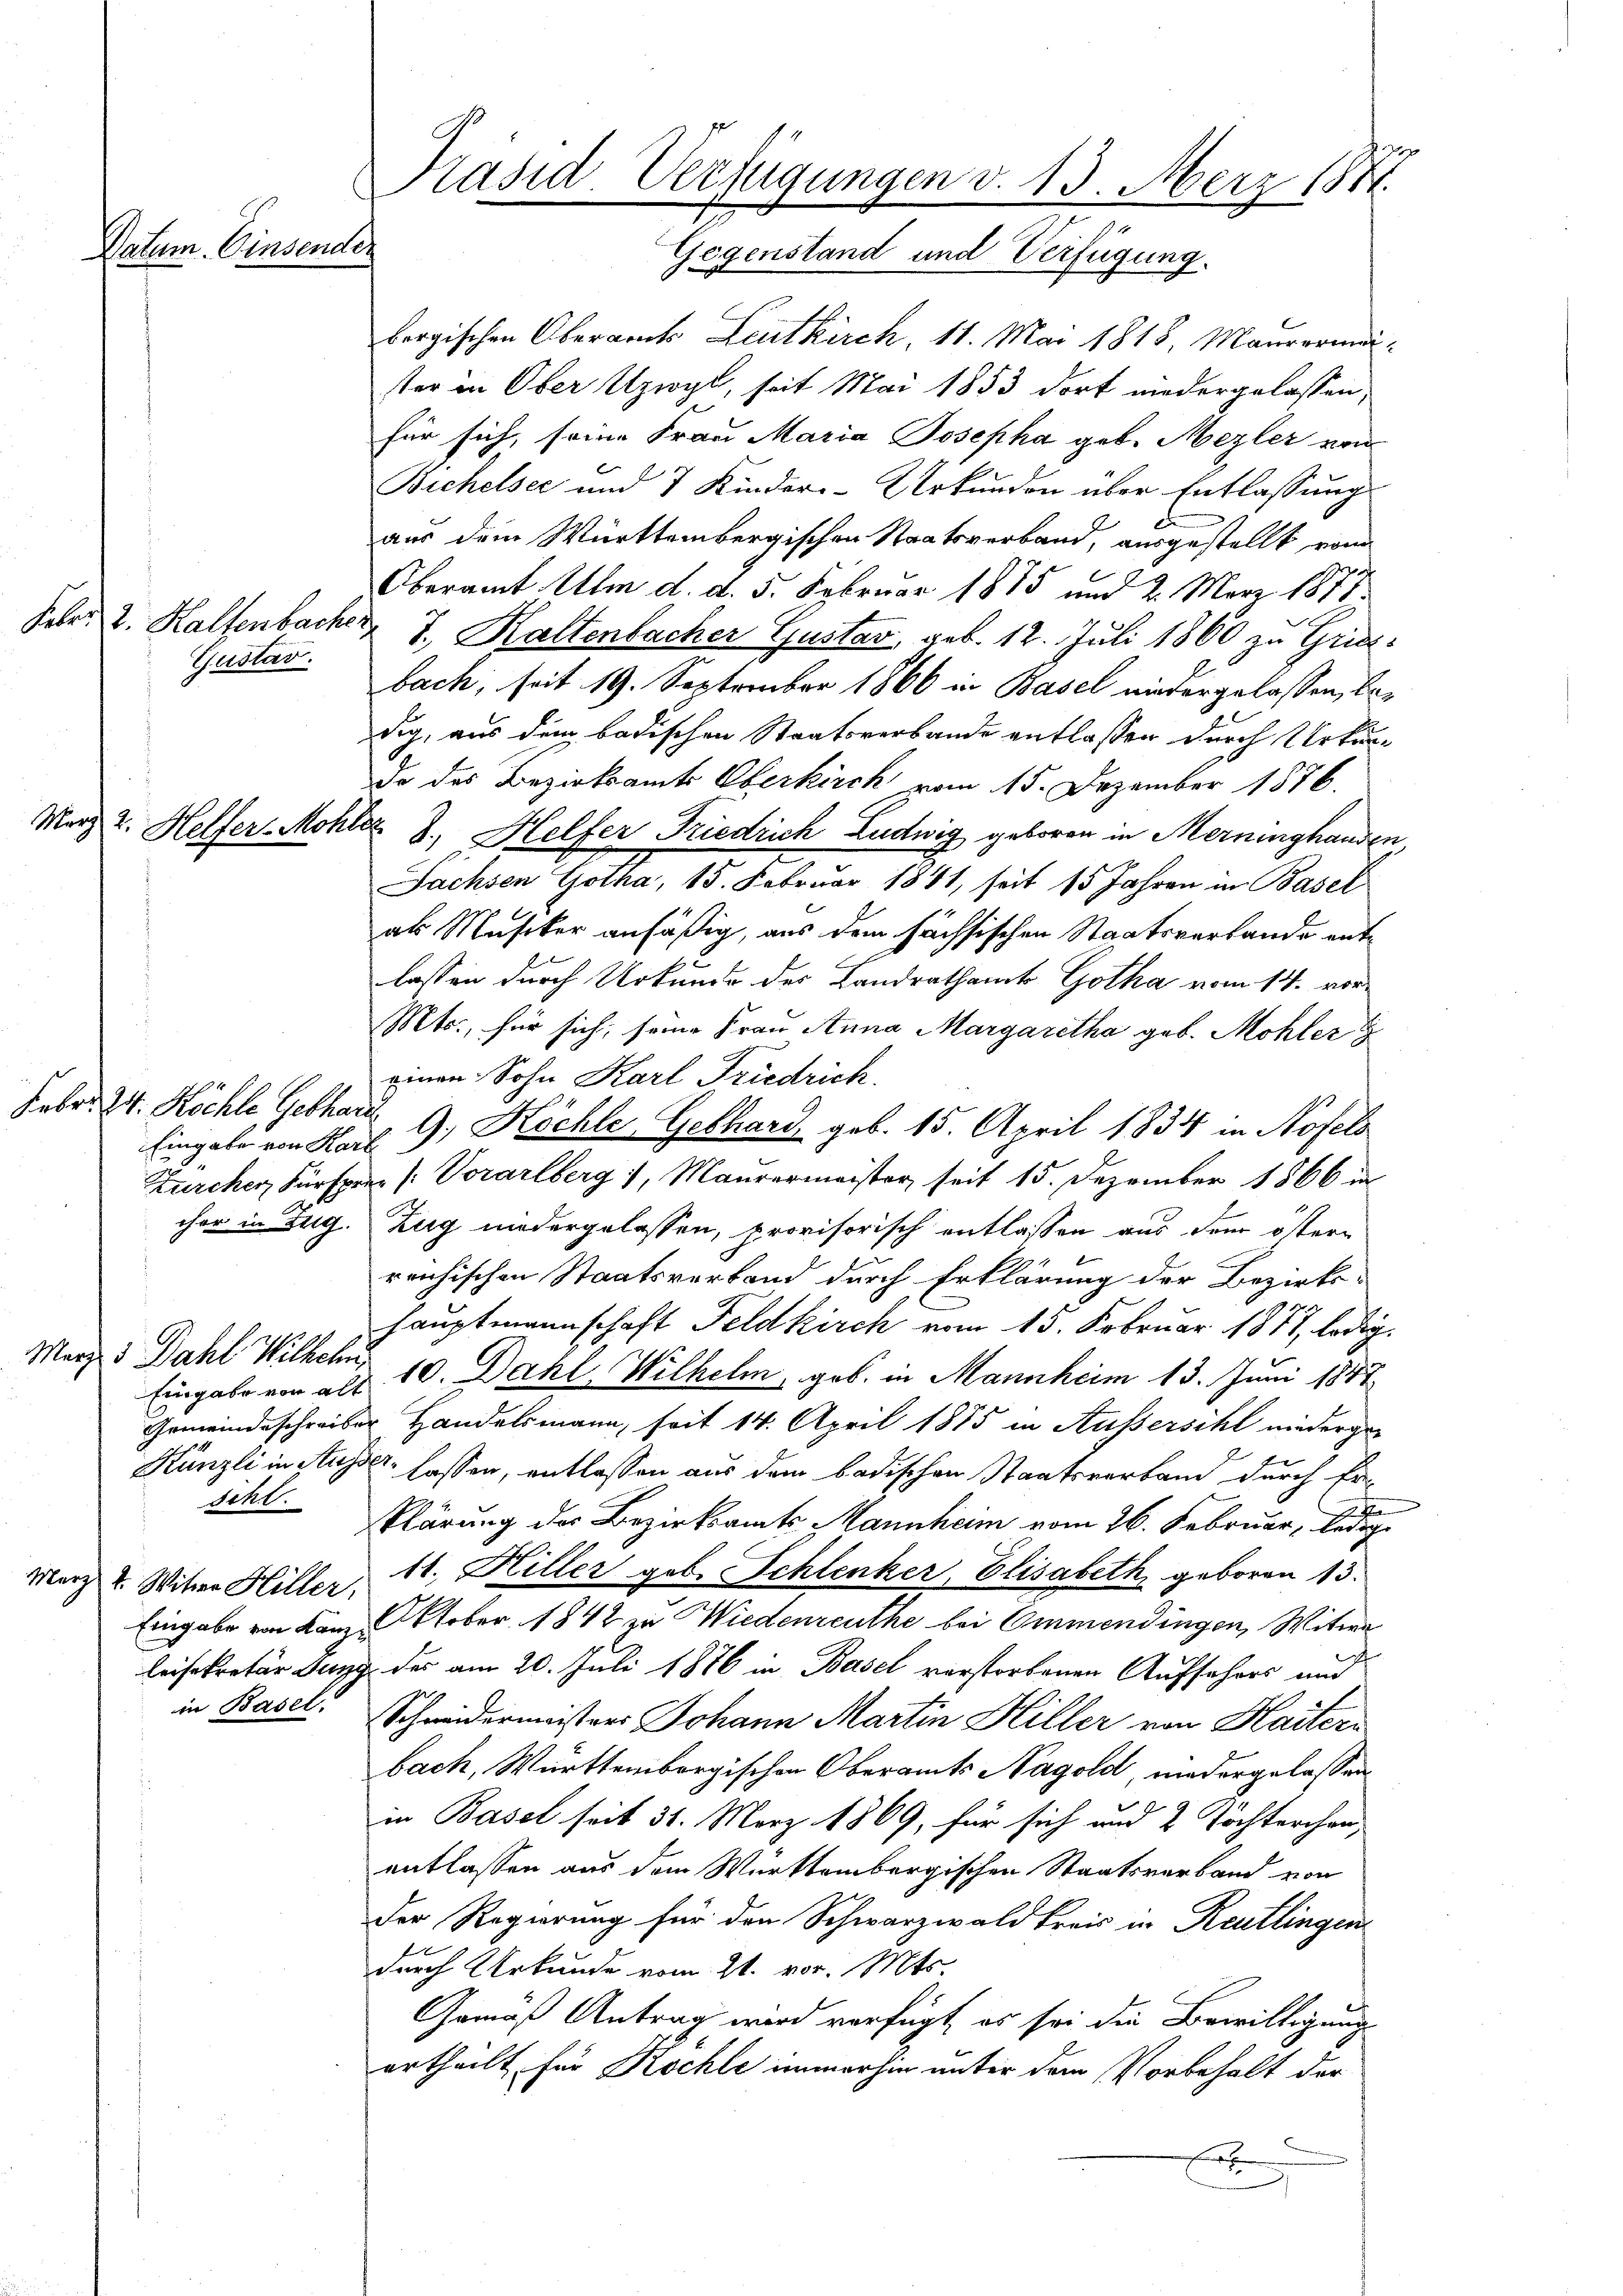
Datum. Einsender

Febr. 2. Halfenbache.
Gustav.

März 2. Helfer-Mohr

Eingabe von Karl
cher in Zug.

Merz d. Dahl Wilhelm
Gemeindeschreib
scht.
Merz u. Witwe Hiller,
Eingabe von Kanz
in Basel.

Präsid. Verfügungen v. 13. März 1881.
Gegenstand und Verfügung.

bergischen Oberamts Leutkirch, 11. Mai 1818, Maurerma
ster in Ober Uzwyl, seit Mai 1853 dort niedergelassen,
für sich, seine Frau Maria Josepha geb. Mezler von
Bichelser und 7 Kinder-Urkunden über Entlassung
aus dem Württembergischen Staatsverband, ausgestellt von
Oberamt Alm d. d. 5. Februar 1885 und 2. März 1877
 J. Kaltenbacher Gustav, geb. 12. Juli 1860 zu Griesbach, seit 19. September 1860 in Basel niedergelassen, bedig, aus dem badischen Staatsverbande anflassen durch Urkunda des Bezirksamts Oberkirch vom 15. Dezember 1876.
Nr. 8. Helfer Riedrich Ludwig geboren in Merninghanden,
Fachsen Gotha, 15. Februar 1841, seit 15 Jahren in Basel
al Musiker ansäßig, aus dem sächsischen Staatsverlande entlassen durch Urkunde des Landrathamt Gotha vom 14. vor¬
Mts., für sich, seine Frau Anna Margaretha geb. Mohler
einen Sohn Karl Friedrich.
Feber 24. Köchle Gebhardt, 9, Köchle Gebhard, geb. 15. April 1834 in Nofels
Zürcher Fürsprez (: Vorarlberg, Maurermeister seit 15. Dezember 1866 in
Zug niedergelassen, provisorisch entlassen aus dem östern
reichischen Staatsverband durch Erklärung der Bezirks-
hauptmannschaft Feldkirch vom 15. Februar 1877, ledig
Eingabe vor als 10. Dahl, Wilhelm, geb. in Mannheim 13. Juni 1847
er Handelsmann, seit 14. April 1885 in Aussersihl niederge¬
Künzli in Ausser lassen, entlassen aus dem badischen Staatsverband durch Er-
klärung des Bezirksamts-Mannheim vom 26. Februar, bed
11. Hiller geb. Schlenker, Elisabeth, geboren 13.
Oktober 1842 zu Wiedenreuthe bei Emmendingen, Witwe
leisekretär Juny der am 20. Juli 1876 in Basel verstorbenen Aufsehers und
Schweidermeisters Johann Martin Hiller von Haitern
bach, Württembergischen Oberamts Nagold, niedergelassen,
in Basel seit 31. März 1869, für sich und 2 Töchterchanentlassen aus dem Württembergischen Staatsverband von
Der Regierung für den Schwarzwald kreis in Reutlingen
1
durch Urkunde vom 21. vor. Mts.
Gemäß Antrag wird verfügt, es sei die Bewilligung
ertheilt für Kochle immerhin unter dem Vorbehalt der
E